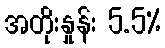
အတိုးနှုန်း 5.5%